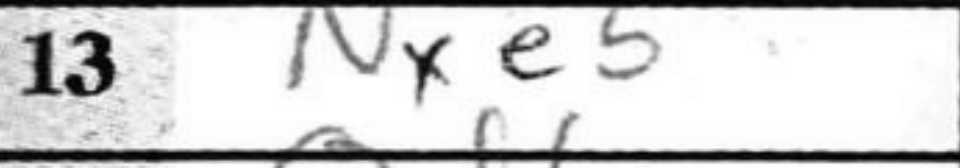
Transcription: Nxe5